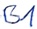
Text: B1